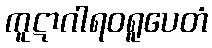
ကူဋာဂါရဝရူပေတံ